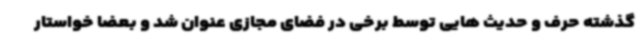
گذشته حرف و حدیث هایی توسط برخی در فضای مجازی عنوان شد و بعضا خواستار